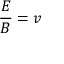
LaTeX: { \frac { E } { B } } = v